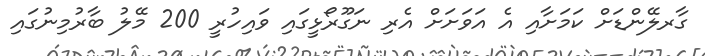
ގާރލޭންޑަށް ކަމަށާއި އެ އަވަށަށް އެރި ނަގޫރޯޅީގައި ވައިހުރީ 200 މޭލު ބާރުމިނުގައި